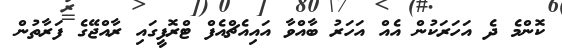
ކޮންމެ ދެ އަހަރަކުން އެއް އަހަރު ބާއްވާ އައިއެޗްއެފް ޓްރޮފީގައި ރާއްޖޭގެ ފަރާތުން